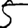
Digit: 5